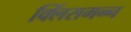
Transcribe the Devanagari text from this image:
क्लिंसमन्न